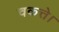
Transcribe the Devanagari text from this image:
चकत्ते।